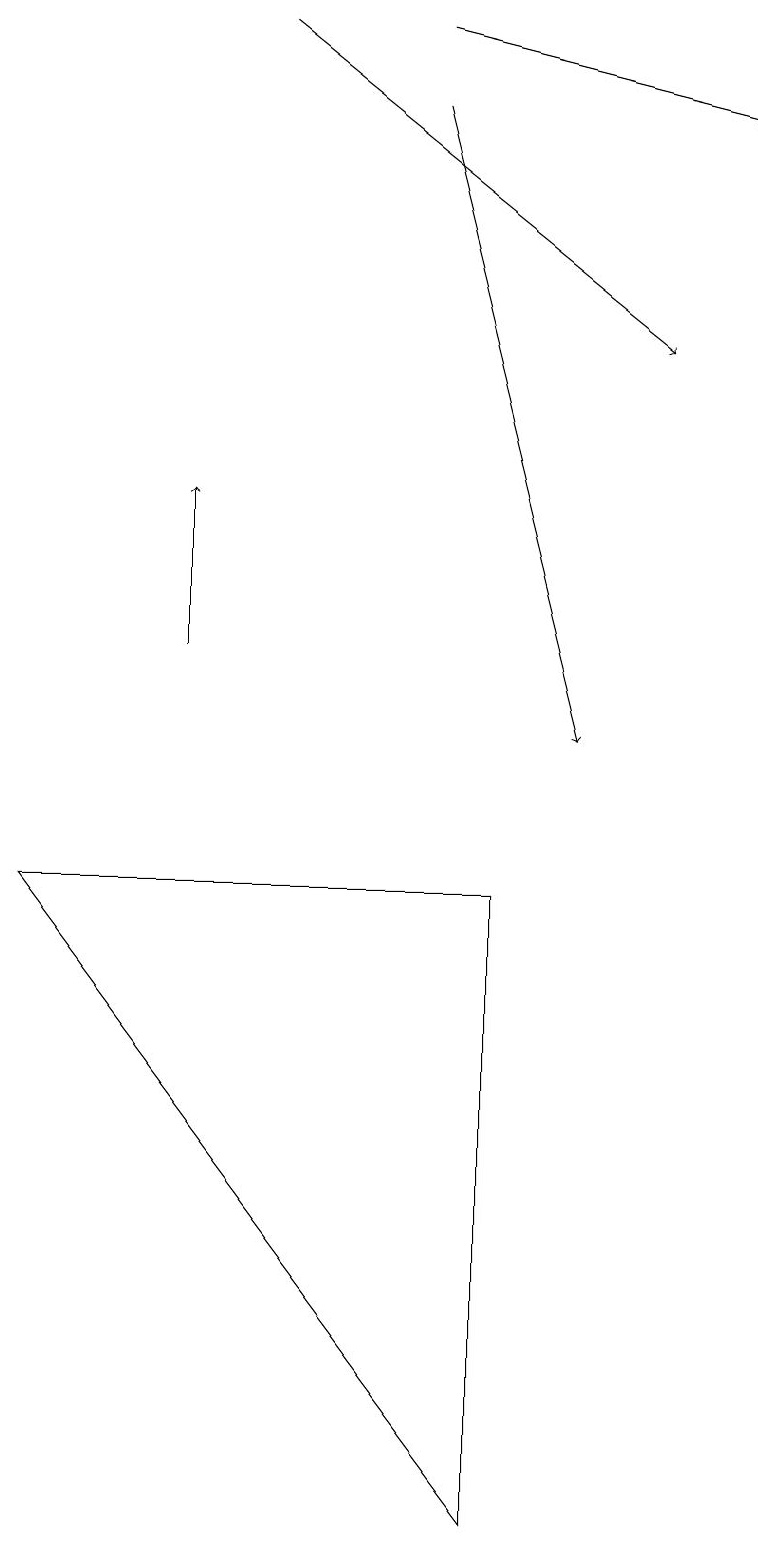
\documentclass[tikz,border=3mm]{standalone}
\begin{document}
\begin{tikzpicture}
\draw (6,8) -- (0,8) -- (6,0) -- cycle;
\draw[->] (5,18) -- (7,10);
\draw[->] (5,19) -- (9,18);
\draw[->] (3,19) -- (8,15);
\draw[->] (2,11) -- (2,13);
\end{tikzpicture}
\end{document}